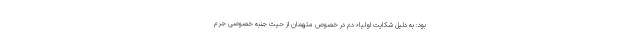
بود: به دلیل شکایت اولیاء دم در خصوص متهمان از حیث جنبه خصوصی جرم